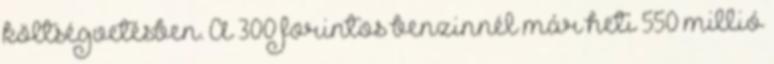
költségvetésben. A 300 forintos benzinnél már heti 550 millió